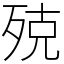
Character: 殑